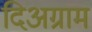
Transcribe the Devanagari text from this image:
दिअग्राम